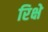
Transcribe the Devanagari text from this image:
रिक्षे